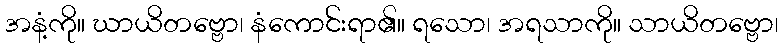
အနံ့ကို။ ဃာယိတဗ္ဗော၊ နံကောင်းရာ၏။ ရသော၊ အရသာကို။ သာယိတဗ္ဗော၊